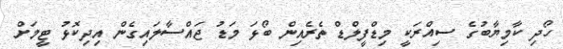
ހޯދި ކާމިޔާބުގެ ސިއްރަކީ މިޑްފީލްޑް ތެރެއިން ބޯޅަ މަޑު ޖައްސާލައިގެން އިދިކޮޅު ޓީމަށް